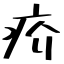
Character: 疥